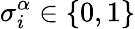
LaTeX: \sigma_{i}^{\alpha}\in\{ 0,1\}